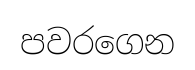
පවරගෙන